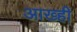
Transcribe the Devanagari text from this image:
आख्ही